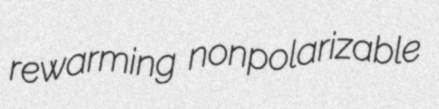
rewarming nonpolarizable